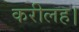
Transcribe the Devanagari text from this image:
करीलह।